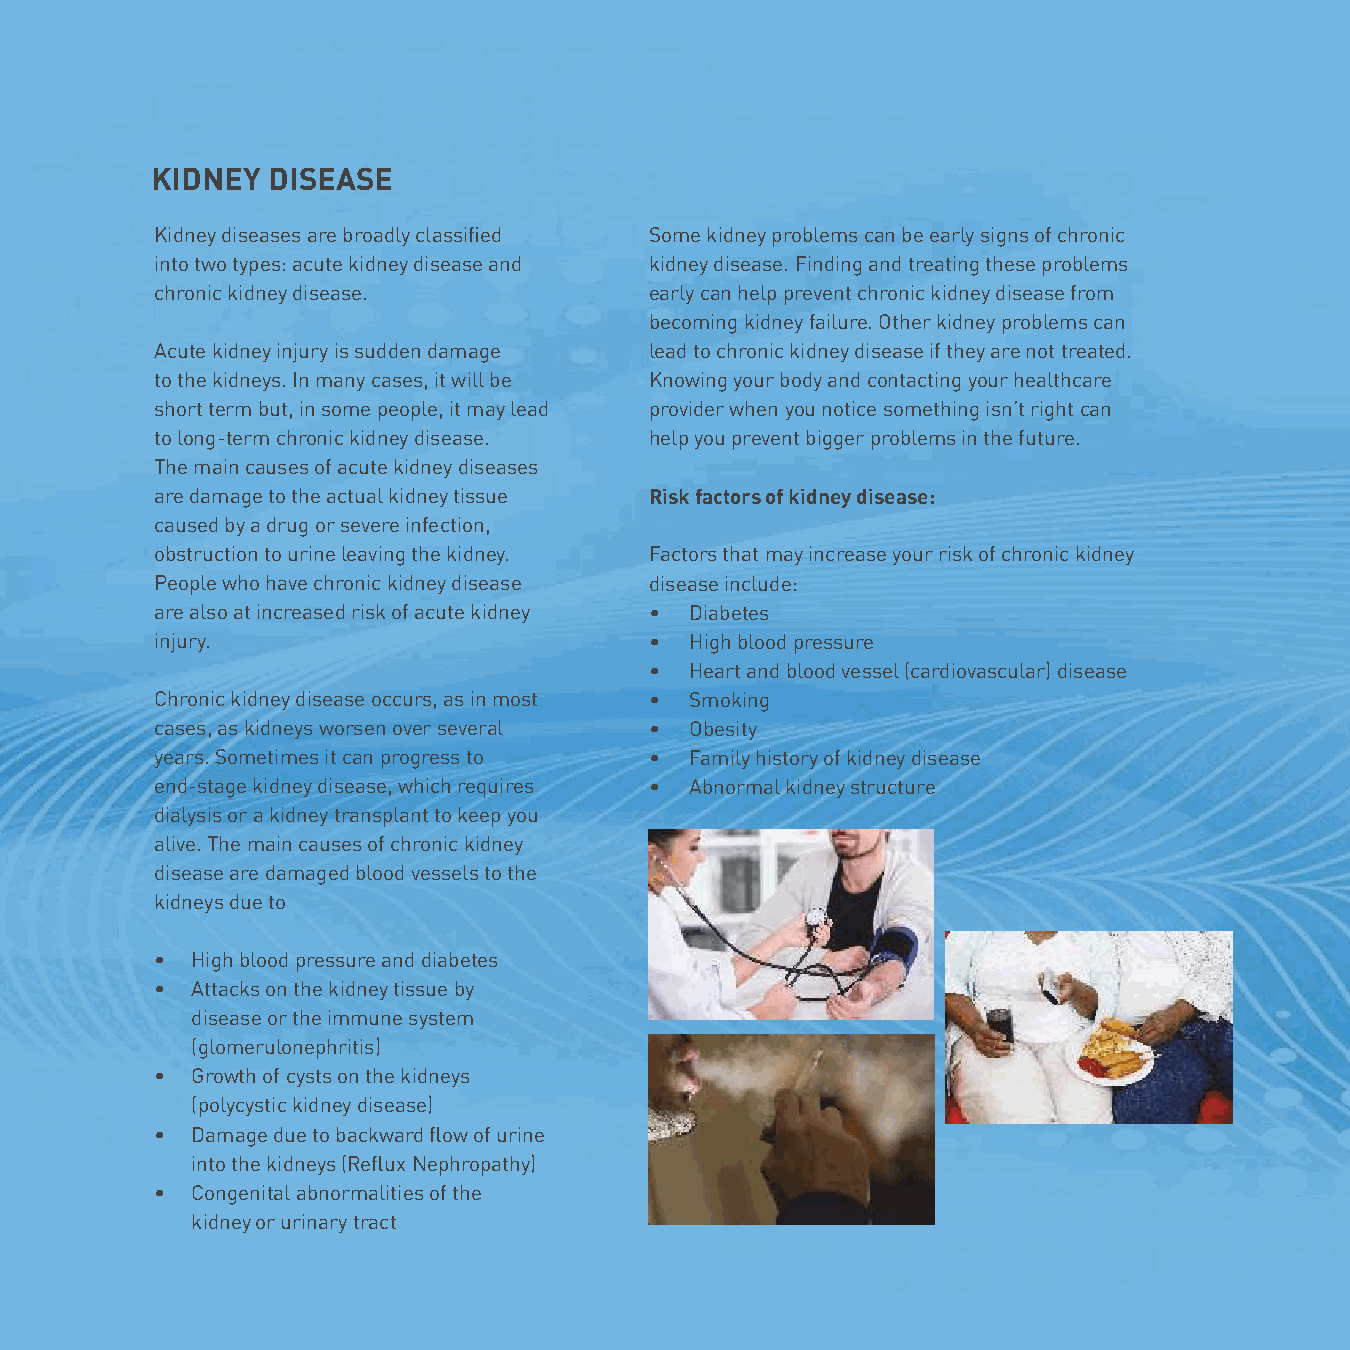
KIDNEY  DISEASE
 Kidney diseases are broadly classified Some kidney problems can be early signs of chronic
 into two types: acute kidney disease and kidney disease. Finding and treating these problems
 chronic kidney disease.          early can help prevent chronic kidney disease from
 becoming kidney failure. Other kidney problems can
 Acute kidney injury is sudden damage lead to chronic kidney disease if they are not treated.
 to the kidneys. In many cases, it will be Knowing your body and contacting your healthcare
 short term but, in some people, it may lead provider when you notice something isn’t right can
 to long-term chronic kidney disease. help you prevent bigger problems in the future.
 The main causes of acute kidney diseases
 are damage to the actual kidney tissue Risk factors of kidney disease:
 caused by a drug or severe infection,
 obstruction to urine leaving the kidney. Factors that may increase your risk of chronic kidney
 People who have chronic kidney disease disease include:
 are also at increased risk of acute kidney • Diabetes
 injury.                          •  High blood pressure
 •  Heart and blood vessel (cardiovascular) disease
 Chronic kidney disease occurs, as in most • Smoking
 cases, as kidneys worsen over several • Obesity
 years. Sometimes it can progress to • Family history of kidney disease
 end-stage kidney disease, which requires • Abnormal kidney structure
 dialysis or a kidney transplant to keep you
 alive. The main causes of chronic kidney
 disease are damaged blood vessels to the
 kidneys due to
 •  High blood pressure and diabetes
 •  Attacks on the kidney tissue by
 disease or the immune system
 (glomerulonephritis)
 •  Growth of cysts on the kidneys
 (polycystic kidney disease)
 •  Damage due to backward flow of urine
 into the kidneys (Reflux Nephropathy)
 •  Congenital abnormalities of the
 kidney or urinary tract